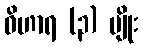
ဝိဟာရ (၃) မျိုး